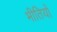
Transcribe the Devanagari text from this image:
भीतियों